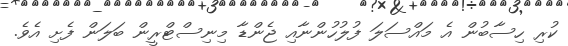
ކުރި ހިސާބުން އެ މައްސަލަ ފުލުހުންނާއި ޖެންޑާ މިނިސްޓްރީން ބަލަން ފެށި އެވެ.